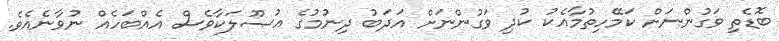
ބޮޑެތި ވަގުންނަށް ކަމޭހިތުމާއެކު ކުދި ވަގުންނަށް އަދަބު ދިނުމުގެ އުޞޫލަކާވެސް އެއްބަހެއް ނުވާނެއެވެ.